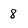
Character: 8